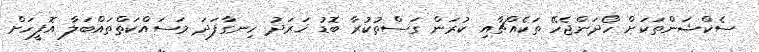
ސެކްޝަންތަކަށް ހޯދަންޖެހޭ ތަކެއްޗާއި ކުރަން ގަސްތުކުރާ ބޮޑު ޚަރަދު ހިނގާފަދަ މަސައްކަތްތައްބަލާ އޮފީހަށް